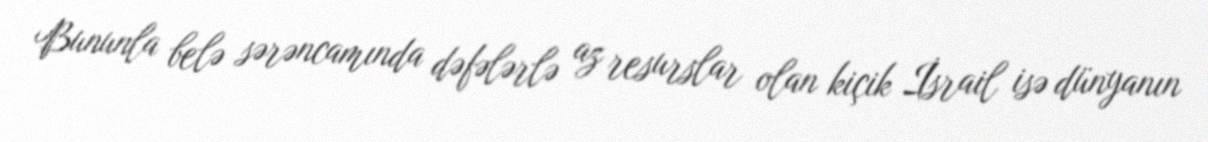
Bununla belə sərəncamında dəfələrlə az resurslar olan kiçik İsrail isə dünyanın